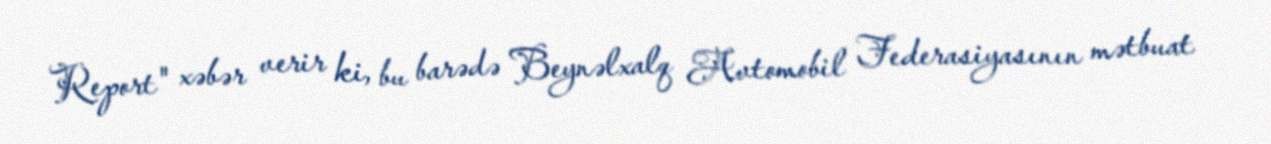
Report" xəbər verir ki, bu barədə Beynəlxalq Avtomobil Federasiyasının mətbuat